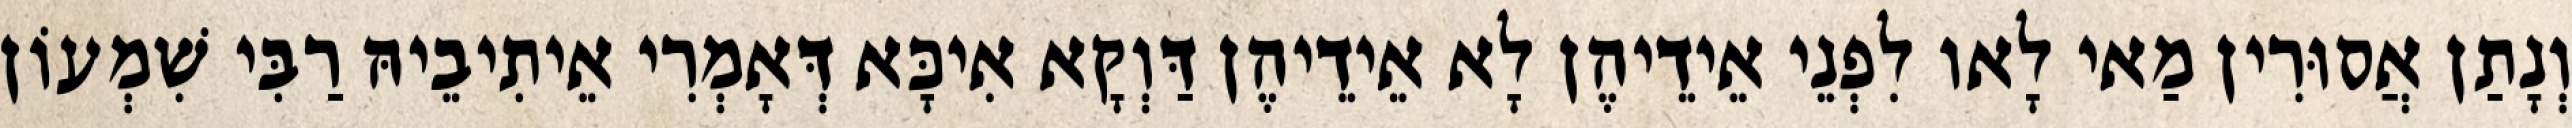
וְנָתַן אֲסוּרִין מַאי לָאו לִפְנֵי אֵידֵיהֶן לָא אֵידֵיהֶן דַּוְקָא אִיכָּא דְּאָמְרִי אֵיתִיבֵיהּ רַבִּי שִׁמְעוֹן